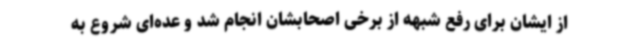
از ایشان برای رفع شبهه از برخی اصحابشان انجام شد و عده‌ای شروع به